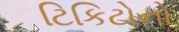
ટિકિટોનો